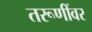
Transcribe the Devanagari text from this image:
तरूणींवर